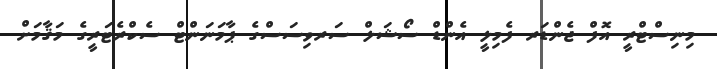
މިނިސްޓްރީ އޮފް ޖެންޑަރ ފެމިލީ އެންޑް ސޯޝަލް ސަރވިސަސްގެ ޕާމަނަންޓް ސެކްރެޓަރީގެ މަޤާމަށް